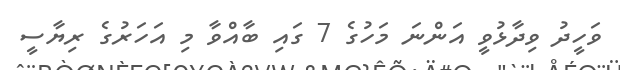
ވަހީދު ވިދާޅުވީ އަންނަ މަހުގެ 7 ގައި ބާއްވާ މި އަހަރުގެ ރިޔާސީ